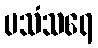
ပသံသရေ